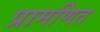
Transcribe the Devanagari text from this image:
प्रामणित